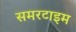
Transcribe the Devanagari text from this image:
समरटाइम